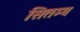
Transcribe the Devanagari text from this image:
सितम्ब